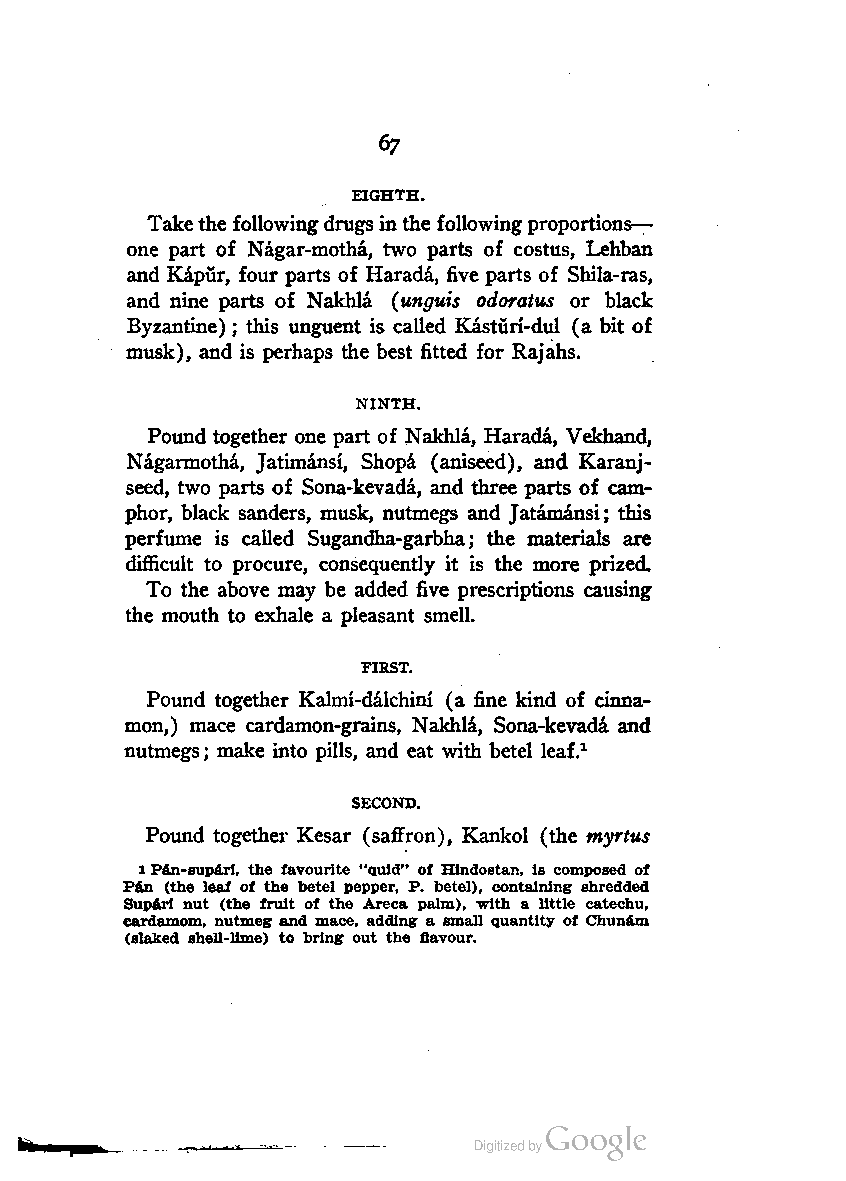
67
 EIGHTH.
 Takethe followingdrugsinthe followingproportions-
 one part of Nagar-motha, two parts of costus, Lehban
 and Kapiir, four parts of Harada, five parts of Shila-ras,
 and nine parts of Nakhla (unguis odoratus or black
 Byzantine) ; this unguent is called Kasturi-dul (a bit of
 musk), and is perhaps the best fitted for Rajahs.
 NINTH.
 Pound together one part of Nakhla, Harada, Vekhand,
 Nagarmotha, Jatimansi, Shopa (aniseed), and Karanj-
 seed, two parts of Sona-kevada, and three parts of cam
 phor, black sanders, musk, nutmegs and Jatamansi; this
 perfume is called Sugandha-garbha; the materials are
 difficult to procure, consequently it is the more prized.
 To the above may be added five prescriptions causing
 the mouth to exhale a pleasant smell.
 FIRST.
 Pound together Kalmi-dalchini (a fine kind of cinna
 mon,) mace cardamon-grains, Nakhla, Sona-kevada and
 nutmegs; make into pills, and eat with betel leaf.1
 SECOND.
 Pound together Kesar (saffron), Kankol (the myrtus
 lPan-supari, the favourite "quid" of Hindostan, is composed of
 Pan (the leaf of the betel pepper, P. betel), containing shredded
 Supari nut (the fruit of the Areca palm), with a little catechu,
 cardamom, nutmeg and mace, adding a small quantity of Chunam
 (slaked shell-lime) to bring out the flavour.